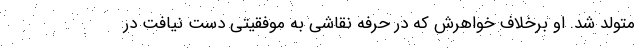
متولد شد. او برخلاف خواهرش که در حرفه نقاشی به موفقیتی دست نیافت در